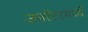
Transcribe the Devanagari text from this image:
जनरेटरमध्ये